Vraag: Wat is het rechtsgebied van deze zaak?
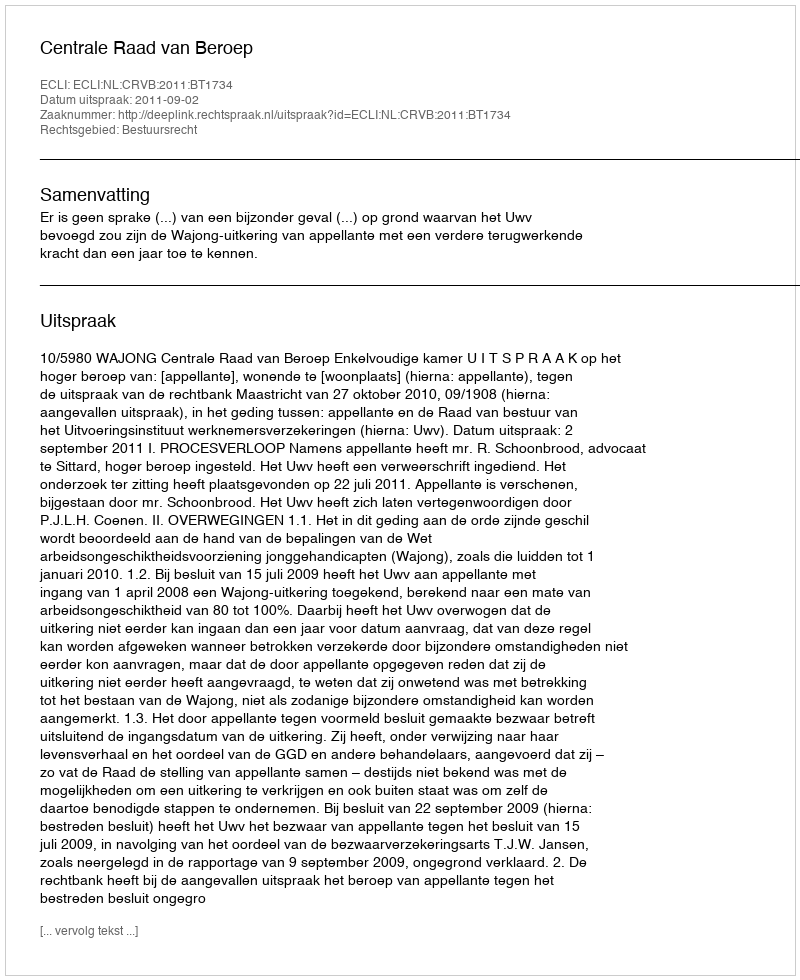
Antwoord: Bestuursrecht